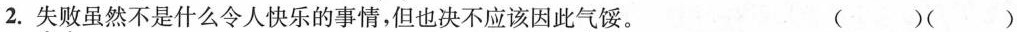
2.\underset{·}{失}\underset{·}{败}虽然不是什么令人快乐的事情，但也决不应该因此\underset{·}{气}\underset{·}{馁}。 ( )( )